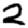
Digit: 2